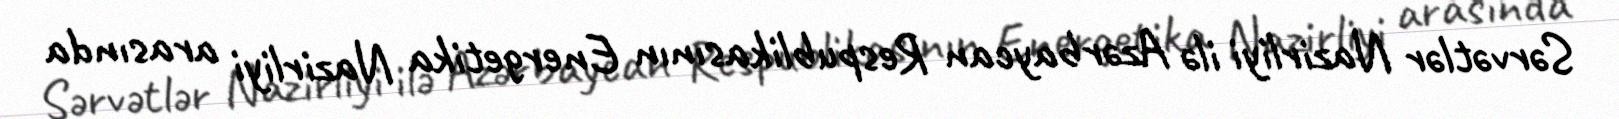
Sərvətlər Nazirliyi ilə Azərbaycan Respublikasının Energetika Nazirliyi arasında